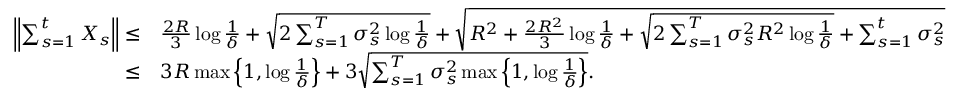
\begin{array} { r l } { \left\Vert \sum _ { s = 1 } ^ { t } X _ { s } \right\Vert \leq } & { \frac { 2 R } { 3 } \log \frac { 1 } { \delta } + \sqrt { 2 \sum _ { s = 1 } ^ { T } \sigma _ { s } ^ { 2 } \log \frac { 1 } { \delta } } + \sqrt { R ^ { 2 } + \frac { 2 R ^ { 2 } } { 3 } \log \frac { 1 } { \delta } + \sqrt { 2 \sum _ { s = 1 } ^ { T } \sigma _ { s } ^ { 2 } R ^ { 2 } \log \frac { 1 } { \delta } } + \sum _ { s = 1 } ^ { t } \sigma _ { s } ^ { 2 } } } \\ { \leq } & { 3 R \operatorname* { m a x } \left\{ 1 , \log \frac { 1 } { \delta } \right\} + 3 \sqrt { \sum _ { s = 1 } ^ { T } \sigma _ { s } ^ { 2 } \operatorname* { m a x } \left\{ 1 , \log \frac { 1 } { \delta } \right\} } . } \end{array}